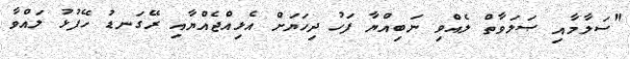
"ސަލާމާއި ޞަލަވާތް ލެއްވި ނަބިއްޔާ ފަހު ދިހަޔަށް އެޅިއްޖެެއްޔާއި ރޭގަނޑު ހޭފުޅު ލައްވާ